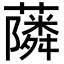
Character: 𮒧